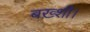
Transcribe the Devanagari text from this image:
बख़्शी।